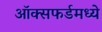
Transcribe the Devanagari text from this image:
ऑक्सफर्डमध्ये